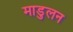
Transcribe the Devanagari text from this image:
माडुलन